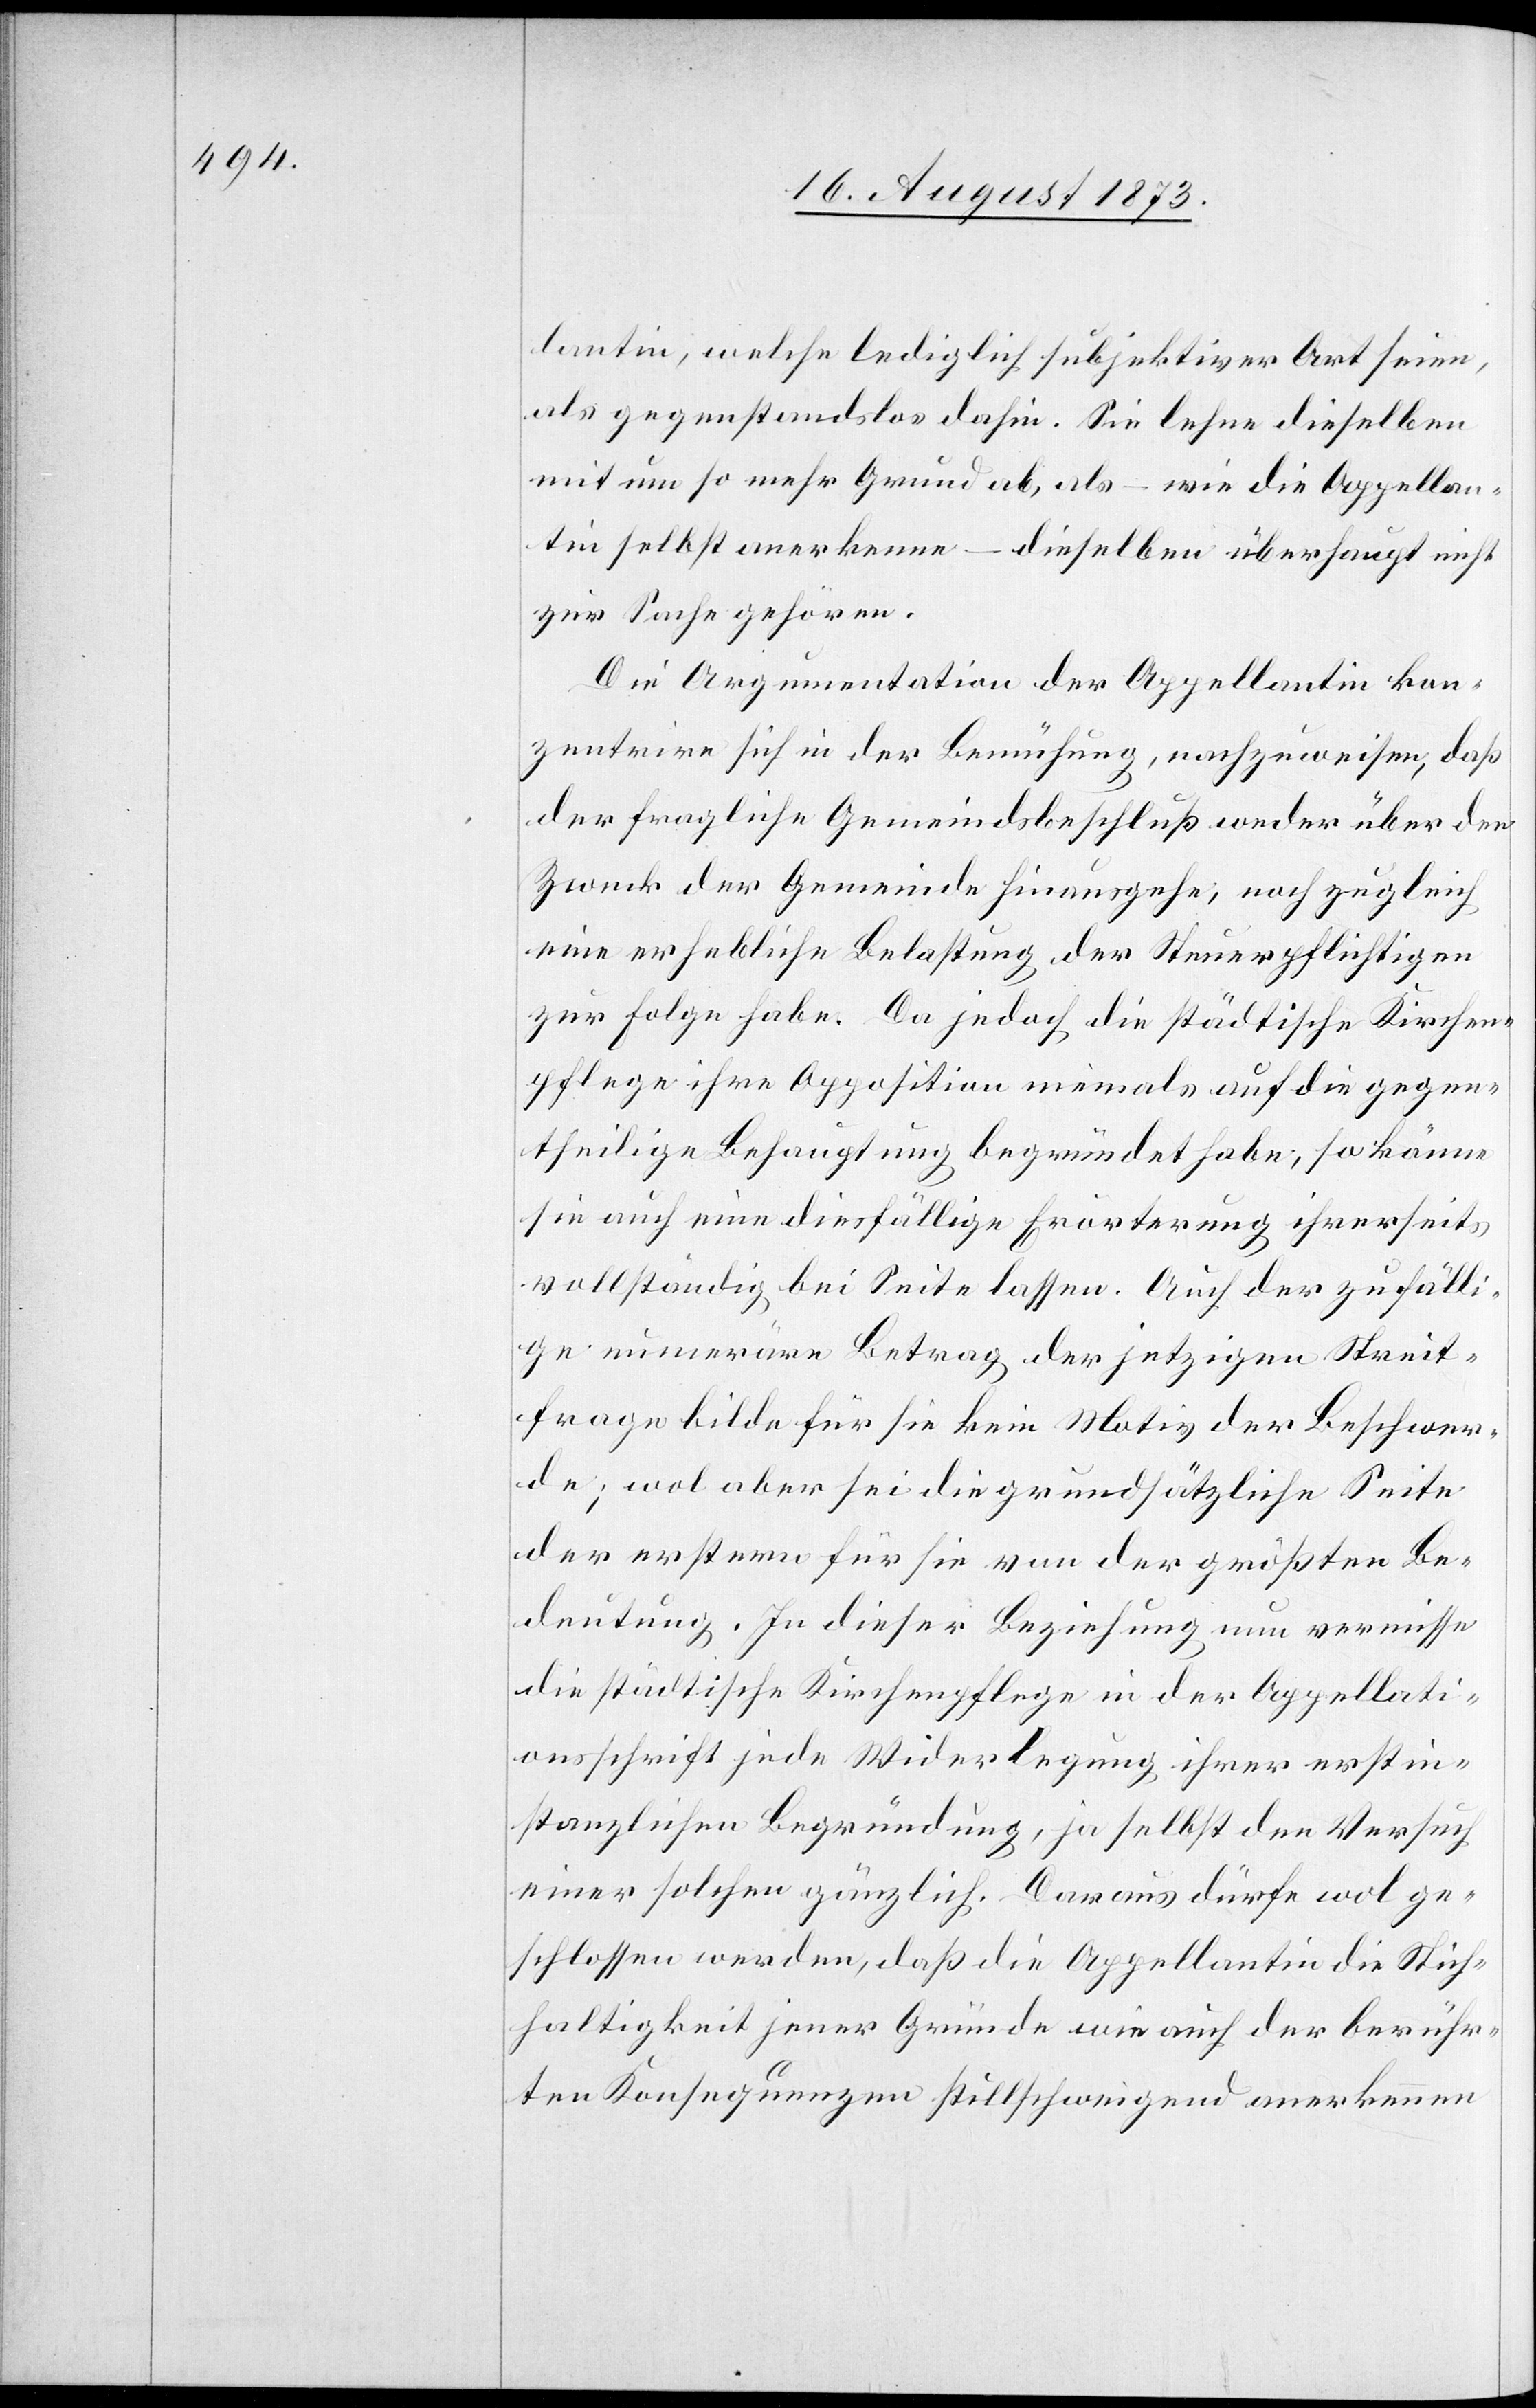
lantin, welche lediglich subjektiver Art seien,
als gegenstandslos dahin. Sie lehne dieselben
mit um so mehr Grund ab, als – wie die Appellan¬
tin selbst anerkenne – dieselben überhaupt nicht
zur Sache gehören.
Die Argumentation der Appellantin kon¬
zentrire sich in der Bemühung, nachzuweisen, daß
der fragliche Gemeindsbeschluß weder über den
Zweck der Gemeinde hinausgehe, noch zugleich
eine erhebliche Belastung der Steuerpflichtigen
zur Folge habe. Da jedoch die städtische Kirchen¬
pflege ihre Apposition niemals auf die gegen¬
theilige Behauptung begründet habe, so könne
sie auch eine diesfällige Eröterung ihrerseits
vollständig bei Seite lassen. Auch der zufälli¬
ge numeräre Betrag der jetzigen Streit¬
frage bilde für sie kein Motiv der Beschwer¬
de; wol aber sei die grundsätzliche Seite
der erstern für sie von der größten Be¬
deutung. In dieser Beziehung nun vermisse
die städtische Kirchenpflege inder Appellati¬
onsschrift jede Widerlegung ihrer erstin¬
stanzlichen Begründung, ja selbst den Versuch
einer solchen gänzlich. Daraus dürfe wol ge¬
schlossen werden, daß die Appellantin die Stich¬
haltigkeit jener Gründe wie auch der berühr¬
ten Konsequenzen stillschweigend anerkennen